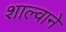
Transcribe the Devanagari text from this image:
शाल्वाने